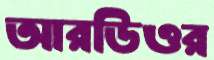
আরডিওর